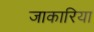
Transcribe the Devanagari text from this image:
जाकारिया